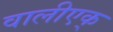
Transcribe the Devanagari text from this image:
वालीएक्